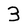
Character: 3